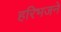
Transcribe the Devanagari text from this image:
हरिभजने